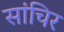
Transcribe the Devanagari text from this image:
सांचिर